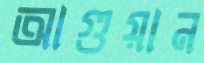
আগুয়ান